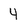
Character: 4